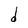
Character: d